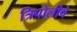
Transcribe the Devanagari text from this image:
त्रिपोलीचे